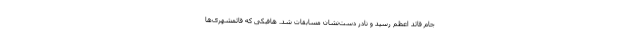
جام قائد اعظم رسید و نادر دست‌نشان مسابقات شد. هافبکی که قائمشهری‌ها